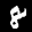
Label: 8